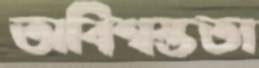
অবিশ্বস্ততা